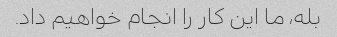
بله، ما این کار را انجام خواهیم داد.